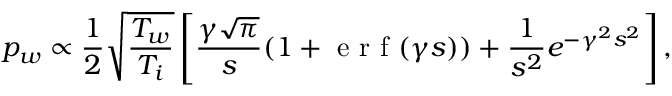
p _ { w } \propto \frac { 1 } { 2 } \sqrt { \frac { T _ { w } } { T _ { i } } } \left[ \frac { \gamma \sqrt { \pi } } { s } ( 1 + \mathrm { ~ e ~ r ~ f ~ } ( \gamma s ) ) + \frac { 1 } { s ^ { 2 } } e ^ { - \gamma ^ { 2 } s ^ { 2 } } \right] ,